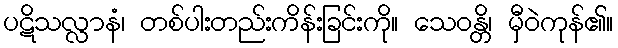
ပဋိသလ္လာနံ၊ တစ်ပါးတည်းကိန်းခြင်းကို။ သေဝန္တိ၊ မှီဝဲကုန်၏။